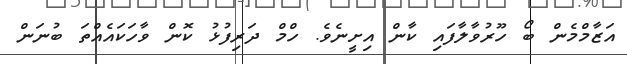
އަޒާމްމެން ބޯ ހޫރުވާލާފައި ކާން އިށީނެވެ. ހްމް ދަރިފުޅު ކޮން ވާހަކައެއްތަ ބުނަން